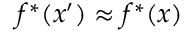
f ^ { * } ( x ^ { \prime } ) \approx f ^ { * } ( x )